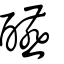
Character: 醼